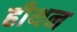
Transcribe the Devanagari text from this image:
हीथन